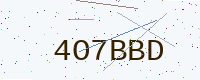
Text: 4O7BBD